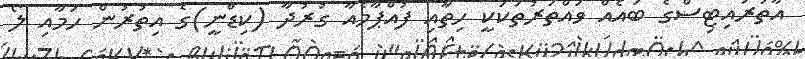
އާތުރައިޓިސްގެ ބައެއް ވައްތަރުތަކަކީ ހިތާއި ފުއްޕާމެއާ ގުރުދާ (ކިޑްނީ)ގެ އިތުރުން ހަމާއި ލޯ